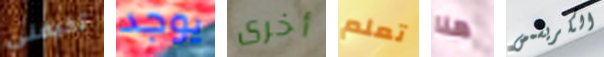
تخيفنى يوجد أخرى تعلم هنا الكريسمس